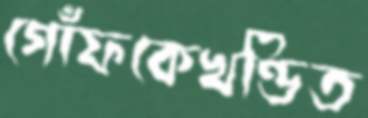
গোঁফকেখণ্ডিত